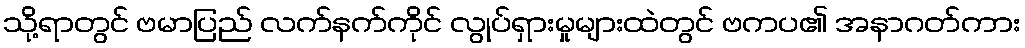
သို့ရာတွင် ဗမာပြည် လက်နက်ကိုင် လွုပ်ရှားမှုများထဲတွင် ဗကပ၏ အနာဂတ်ကား